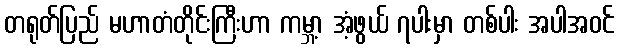
တရုတ်ပြည် မဟာတံတိုင်းကြီးဟာ ကမ္ဘာ့ အံ့ဖွယ် ၇ပါးမှာ တစ်ပါး အပါအဝင်